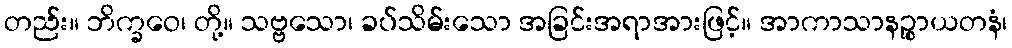
တည်း။ ဘိက္ခဝေ၊ တို့။ သဗ္ဗသော၊ ခပ်သိမ်းသော အခြင်းအရာအားဖြင့်။ အာကာသာနဉ္စာယတနံ၊